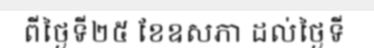
ពីថ្ងៃទី២៥ ខែឧសភា ដល់ថ្ងៃទី